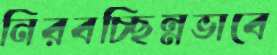
নিরবচ্ছিন্নভাবে